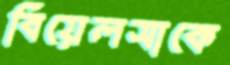
বিয়েলসাকে